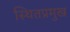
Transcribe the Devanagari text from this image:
स्थितप्रमुख